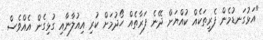
"އަޅުގަނޑުމެން ފެރީތަކެއް ކުއްޔަށް ދޭނެ ފަރާތެއް ހޯދުމަށް ކުރި އިއުލާނާއި ގުޅިގެން އެއްވެސް